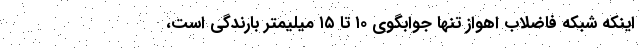
اینکه شبکه فاضلاب اهواز تنها جوابگوی ۱۰ تا ۱۵ میلیمتر بارندگی است،